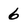
Character: 6